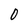
Character: 0